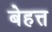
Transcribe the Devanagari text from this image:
बेहत्त